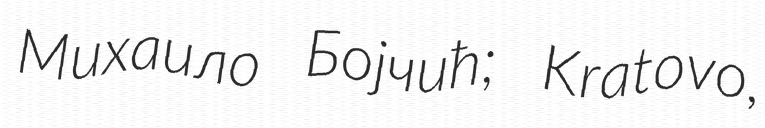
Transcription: Михаило Бојчић; Kratovo,